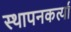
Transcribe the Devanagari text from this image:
स्थापनकर्त्या